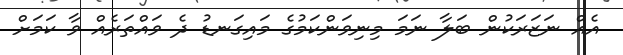
އެއް ނަޒަރަކުން ބަލާ ނަމަ މިނިވަންކަމުގެ މައިގަނޑު ދެ ވައްތަރެއް ވާ ކަމަށް